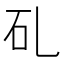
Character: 𥐕